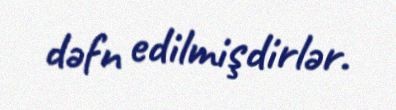
dəfn edilmişdirlər.